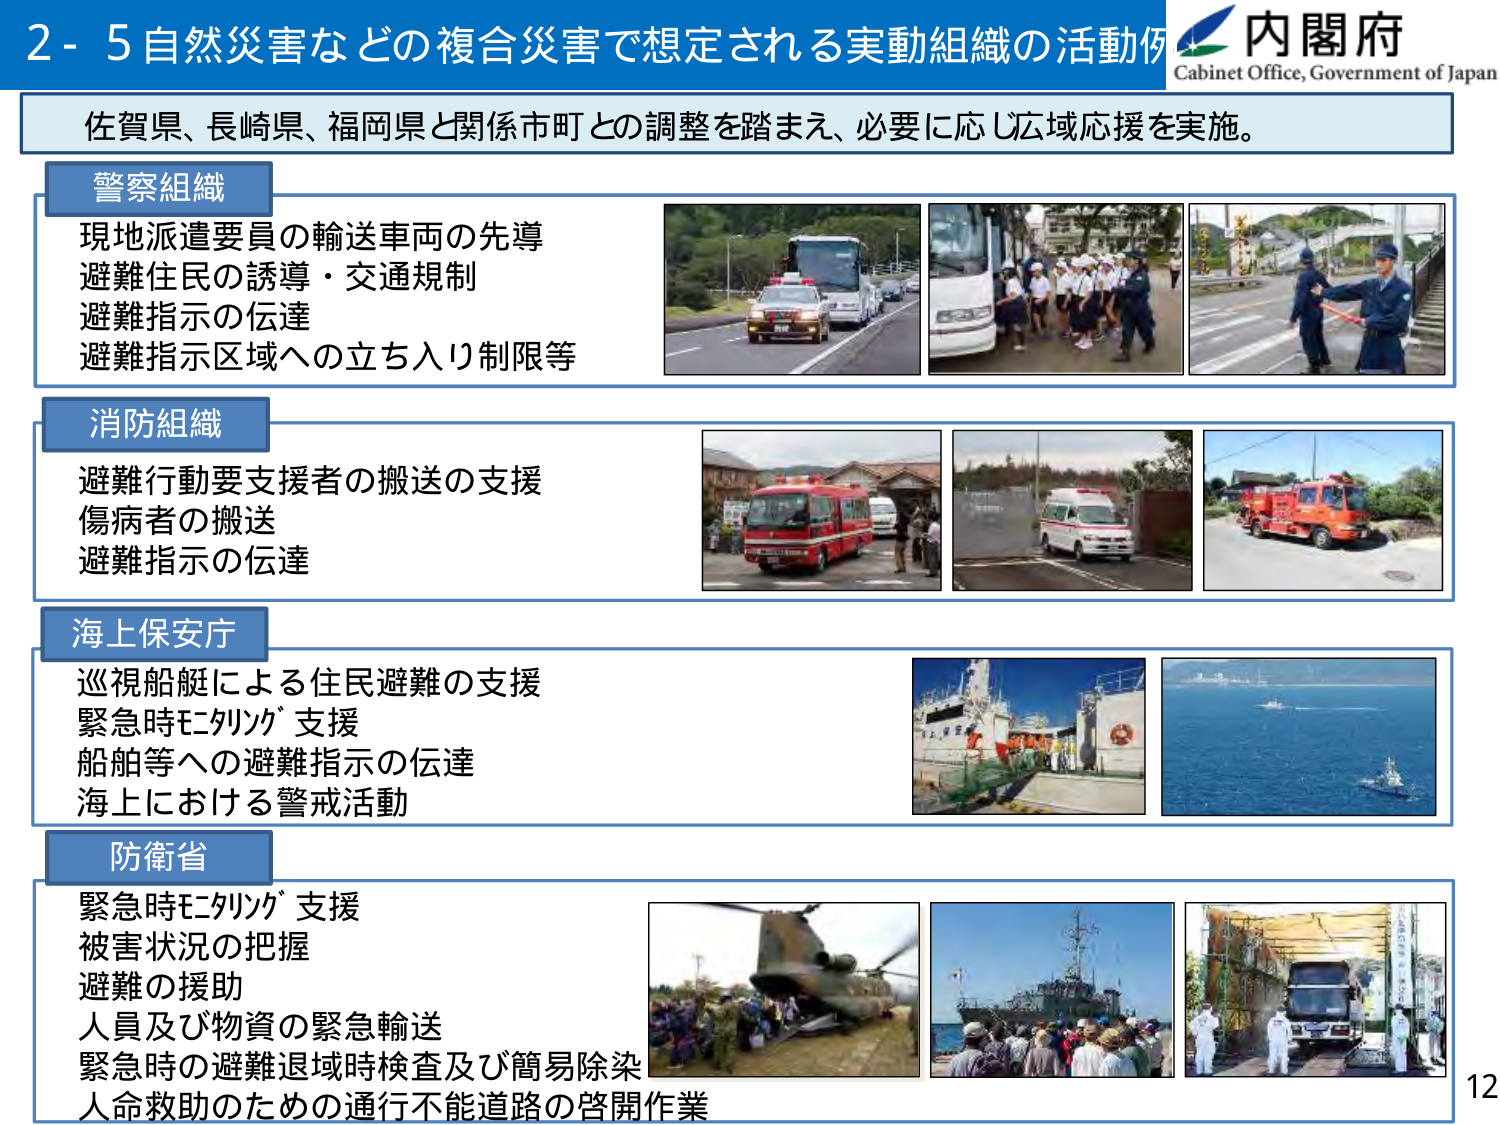
2-5 自然災害などの複合災害で想定される実動組織の活動例
内閣府
Cabinet Office, Government of Japan

佐賀県、長崎県、福岡県と関係市町との調整を踏まえ、必要に応じ広域応援を実施。

警察組織
現地派遣要員の輸送車両の先導
避難住民の誘導・交通規制
避難指示の伝達
避難指示区域への立ち入り制限等

消防組織
避難行動要支援者の搬送の支援
傷病者の搬送
避難指示の伝達

海上保安庁
巡視船艇による住民避難の支援
緊急時モニタリング支援
船舶等への避難指示の伝達
海上における警戒活動

防衛省
緊急時モニタリング支援
被害状況の把握
避難の援助
人員及び物資の緊急輸送
緊急時の避難退域時検査及び簡易除染
人命救助のための通行不能道路の啓開作業

12